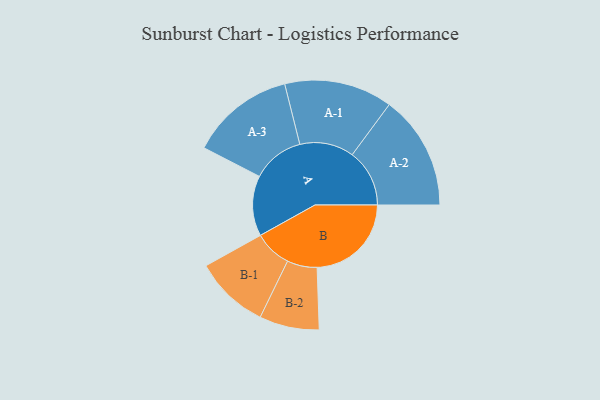
{"axis": {"x": "Segment", "y": "Value"}, "legend": ["", "A", "B"], "data": [{"x": "A", "y": 302, "type": ""}, {"x": "B", "y": 472, "type": ""}, {"x": "A-1", "y": 271, "type": "A"}, {"x": "A-2", "y": 287, "type": "A"}, {"x": "A-3", "y": 261, "type": "A"}, {"x": "B-1", "y": 187, "type": "B"}, {"x": "B-2", "y": 150, "type": "B"}]}